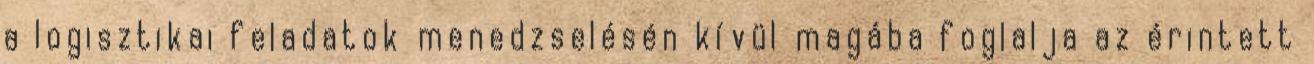
a logisztikai feladatok menedzselésén kívül magába foglalja az érintett